Treatise on elephants
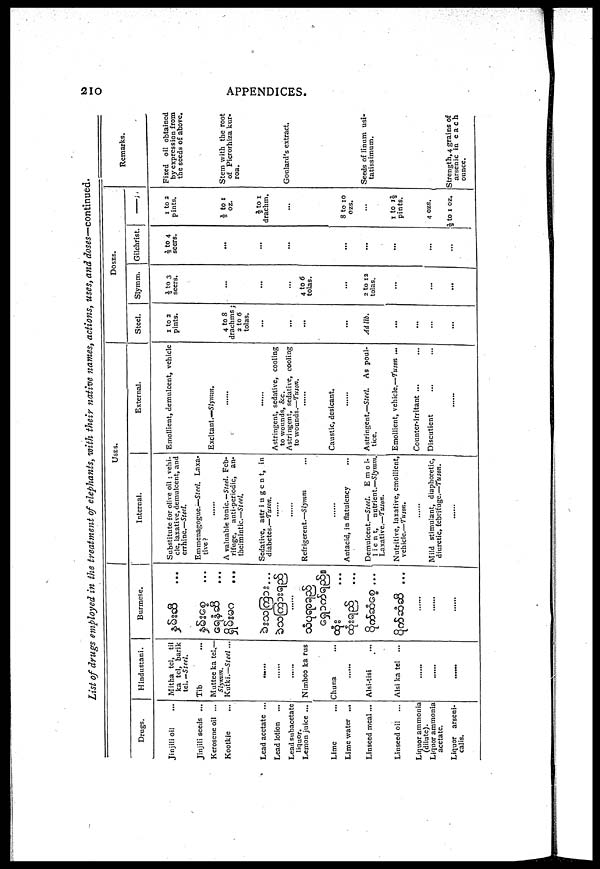
210
APPENDICES.
List of drugs employed in the treatment of elephants, with their native names, actions, uses, and doses—-continued.
Drugs.
Jinjili oil
Jinjili seeds ...
Kerosene oil ...
Kootkie
Lead acetate ...
Lead lotion
Lead subacetate
liquor.
Lemon juice ...
Lime
Lime water ...
Linseed meal...
Linseed oil
Liquor ammonia
(dilute).
Liquor ammonia
acetate.
Liquor arseni-
calis.
Hindustani.
Mitha tel, til
ka tel, barik
tel. Steel.
Tib
Muttee ka tel.—
Slymm,
Kutki.— Steel ...
......
......
......
Nimboo ka rus
Chuna
...
Alsi-tisi
Alsi ka tel ...
......
......
......
Burmese.
...
...
......
...
...
......
......
......
USES.
Internal.
Substitute for olive oil ; vehi-
cle, laxative, demulcent, and
errhinc.—Steel.
Emmenagogue.—Steel. Laxa-
tive ?
......
A valuable tonic— Steel. Feb-
rifuge,
anti-periodic, an-
thelmintic— Steel,
Sedative, astringent, in
diabetes.—Tuson.
......
......
Refrigerent.—Slymm
......
Antacid, in flatulency
External.
Emollient, demulcent, vehicle
Excitant.—Slymm.
......
......
Astringent, sedative, cooling
to wounds, &c.
Astringent, sedative, cooling
to wounds.—Tuson.
......
Caustic, desicant.
......
Demulcent.—Steel.
Emoi.
Astringent.—Steel.
As poul-
1ient,
nutrient.—Slymm.
tice.
Nutritive, laxative, emollient,
vehicle.—Tuson.
......
Mild stimulant, diaphoretic,
diuretic, febrifuge.—Tuson.
......
Emollient, vehicle.—Tuson ...
Counter-irritant ...
Discutient ...
......
DOSES.
Steel.
1 to 2
pints.
4 to 8
drachmsj
2 to 6
tolas.
...
...
...
...
Adi lib.
...
...
...
...
Slymm.
½ to 3
seers.
...
...
...
4 to 6
tolas.
...
2 to 12
tolas.
...
...
...
...
Gilchrist.
½ to 4
seers.
...
...
...
...
...
...
...
...
...
...
—
1 to 2
pints.
½ to 1
oz.
½ to 1
drachm.
...
...
8 to 10
ozs.
...
1 to 1½
pints.
4 ozs.
½ to 1 OZ.
Remarks.
Fixed oil obtained
by expression from
the seeds of above.
Stem with the root
of Picrorhiza kur.
roa.
...
Goulard's extract.
...
...
Seeds of linum usi-
tatissimum.
strength, 4 grains of
arsenic in each
ounce.